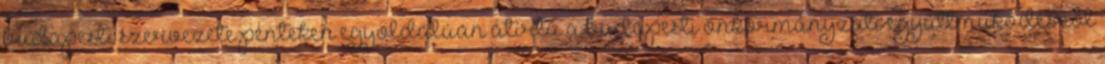
budapesti szervezete pénteken egyoldalúan átírta a budapesti önkormányzati együttműködésről